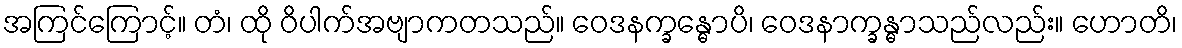
အကြင်ကြောင့်။ တံ၊ ထို ဝိပါက်အဗျာကတသည်။ ဝေဒနက္ခန္ဓောပိ၊ ဝေဒနာက္ခန္ဓာသည်လည်း။ ဟောတိ၊